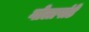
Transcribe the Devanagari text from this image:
गोलापांडे